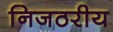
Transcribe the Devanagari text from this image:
निजठरीय